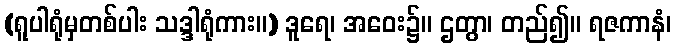
(ရူပါရုံမှတစ်ပါး သဒ္ဒါရုံကား။) ဒူရေ၊ အဝေး၌။ ဌတွာ၊ တည်၍။ ရဇကာနံ၊